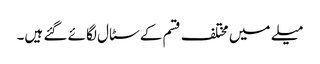
میلے میں مختلف قسم کے سٹال لگائے گئے ہیں۔